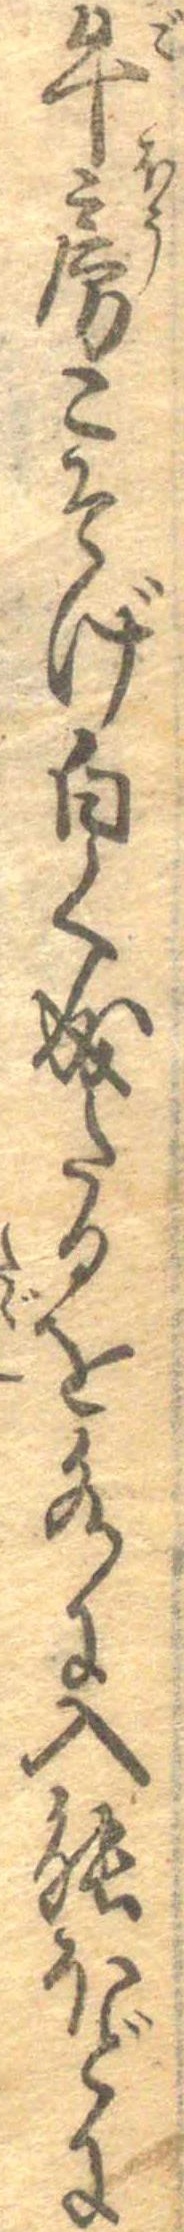
牛房こそげ白く成たるを水に入能ほどに